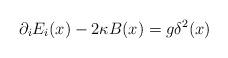
LaTeX: \begin{align*}\partial_iE_i(x)-2\kappa B(x)=g\delta^2(x)\end{align*}